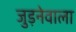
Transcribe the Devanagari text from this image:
जुड़नेवाला